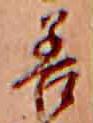
善